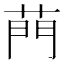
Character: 菛